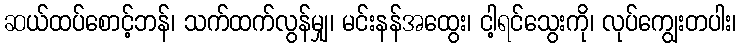
ဆယ်ထပ်စောင့်ဘန်၊ သက်ထက်လွန်မျှ၊ မင်းနန်အထွေး၊ ငါ့ရင်သွေးကို၊ လုပ်ကျွေးတပါး၊